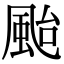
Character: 颱